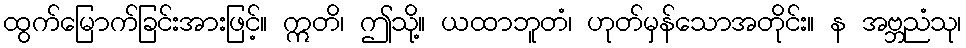
ထွက်မြောက်ခြင်းအားဖြင့်။ ဣတိ၊ ဤသို့။ ယထာဘူတံ၊ ဟုတ်မှန်သောအတိုင်း။ န အဗ္ဘညံသု၊